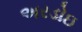
અરડોઇ